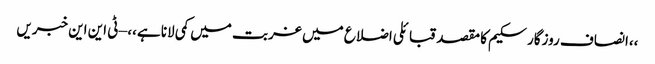
،،انصاف روزگار سکیم کا مقصد قبائلی اضلاع میں غربت میں کمی لانا ہے،، – ٹی این این خبریں